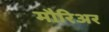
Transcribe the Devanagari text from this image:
मौरिअर